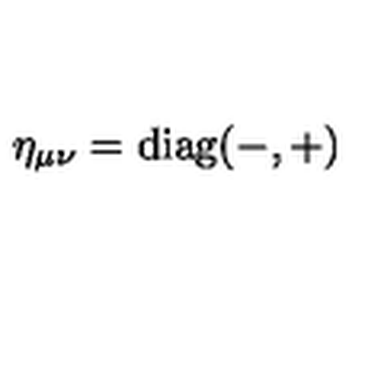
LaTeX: \eta _ { \mu \nu } = \mathrm { d i a g ( - , + ) }